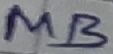
Text: MB